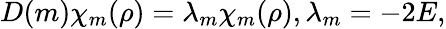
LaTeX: D(m)\chi_{m}(\rho)=\lambda_{m}\chi_{m}(\rho),\lambda_{m}=-2E,